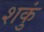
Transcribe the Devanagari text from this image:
शकुं